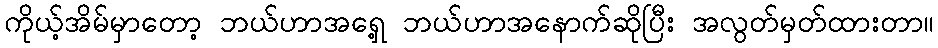
ကိုယ့်အိမ်မှာတော့ ဘယ်ဟာအရှေ့ ဘယ်ဟာအနောက်ဆိုပြီး အလွတ်မှတ်ထားတာ။